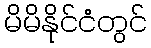
မိမိနိုင်ငံတွင်